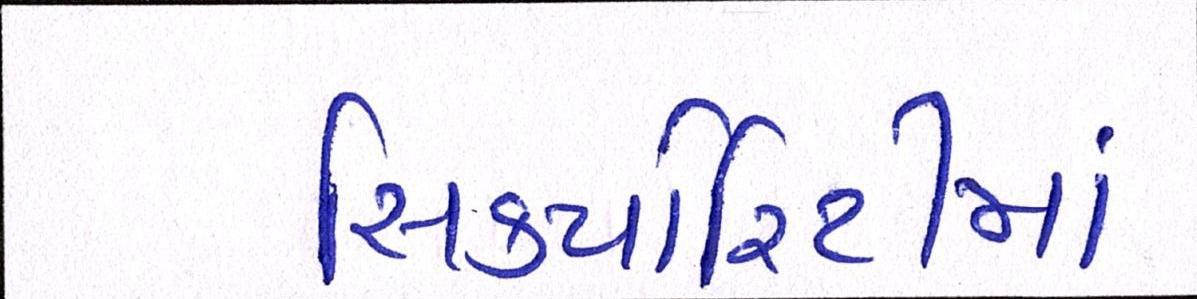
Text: સિક્યોરિટીમાં